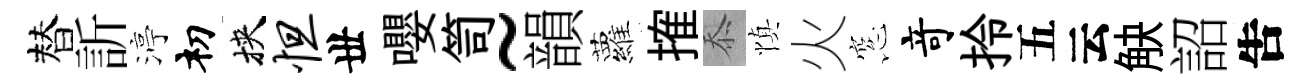
替訢渟𥘉挾怛丗嚶笥~韻蘿搉忝慎火窓竒拎五云觖詔吿